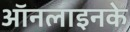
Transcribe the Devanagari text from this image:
ऑनलाइनके